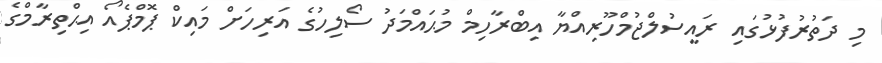
މި ދަތުރުފުޅުގައި ރައީސުލްޖުމްހޫރިއްޔާ އިބްރާހިމް މުޙައްމަދު ސޯލިހުގެ އަރިހަށް މައިކް ޕޮމްޕެއޯ އިޙްތިރާމްގެ